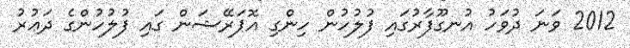
2012 ވަނަ ދުވަހު އުނގޫފާރުގައި ފުލުހުން ހިންގި އޮޕަރޭޝަން ގައި ފުލުހުންގެ ދަޢުރު